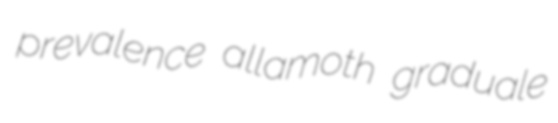
prevalence allamoth graduale